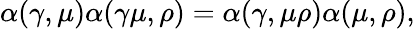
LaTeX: \alpha(\gamma,\mu)\alpha(\gamma\mu,\rho)=\alpha(\gamma,\mu\rho)\alpha(\mu,\rho),